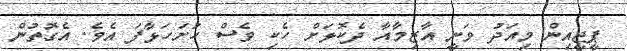
ޕީޖީއިން މިއަދު ވަނީ އާޒިމާއާ ދެކޮޅަށް ހެކި ވެސް ހުށަހަޅާފަ އެވެ. އެގޮތުން